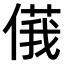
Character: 𠌾